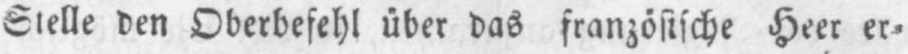
Stelle den Oberbefehl über das französische Heer er⸗